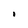
Character: I